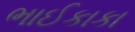
ભાઈકાકા